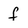
Character: f